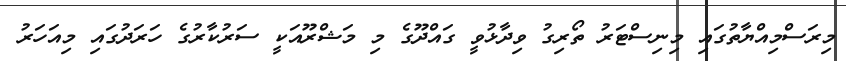
މިރަސްމިއްޔާތުގައި މިނިސްޓަރު ތޯރިގު ވިދާޅުވީ ގައްދޫގެ މި މަޝްރޫއަކީ ސަރުކާރުގެ ހަރަދުގައި މިއަހަރު